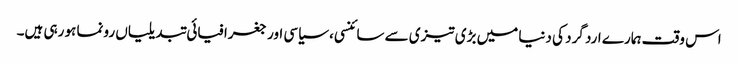
اس وقت ہمارے ارد گرد کی دنیا میں بڑی تیزی سے سائنسی، سیاسی اور جغرافیائی تبدیلیاں رونما ہو رہی ہیں۔